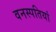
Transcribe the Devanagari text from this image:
वनस्‍पतियां